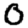
Digit: 0